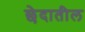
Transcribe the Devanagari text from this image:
छेदातील